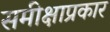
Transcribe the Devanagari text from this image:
समीक्षाप्रकार